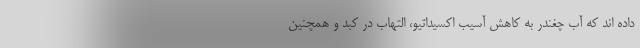
داده اند که آب چغندر به کاهش آسیب اکسیداتیو، التهاب در کبد و همچنین